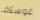
غوستاف